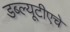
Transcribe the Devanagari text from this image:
डब्ल्यूटीएचे